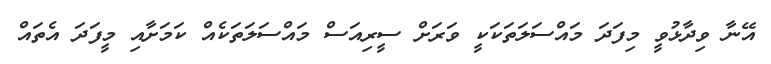
އޭނާ ވިދާޅުވީ މިފަދަ މައްސަލަތަކަކީ ވަރަށް ސީރިއަސް މައްސަލަތަކެއް ކަމަށާއި މީފަދަ އެތައް